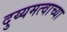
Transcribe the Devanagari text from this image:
दुय्यमत्वाच्या